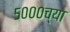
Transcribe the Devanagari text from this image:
५०००च्या